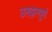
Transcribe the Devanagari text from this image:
उलझनपूर्ण